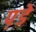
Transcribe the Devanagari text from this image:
प़डे